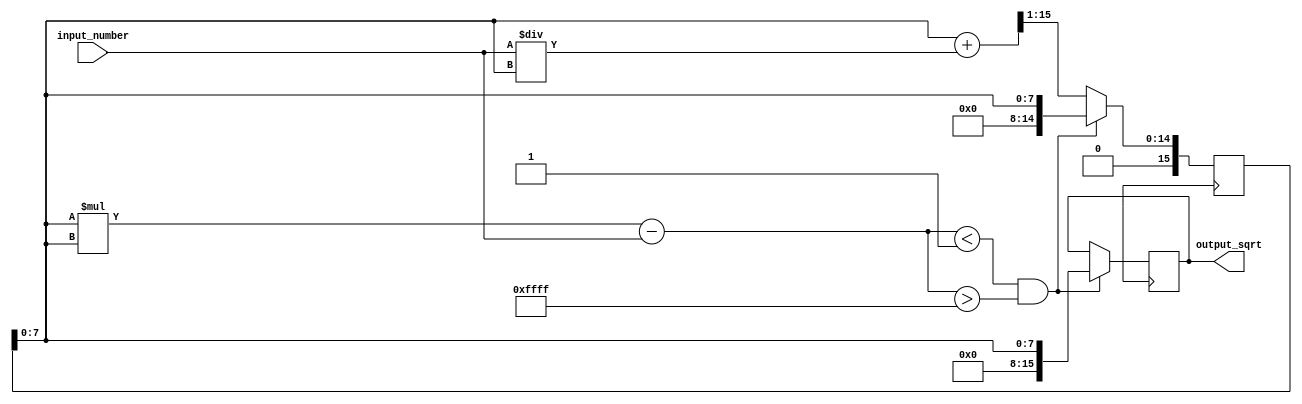
module sqrt_module(
  input [15:0] input_number,
  output [15:0] output_sqrt
);

  reg [7:0] integer_part;
  reg [7:0] fractional_part;
  reg [15:0] estimate;
  reg [15:0] next_estimate;
  reg [15:0] square_value;
  reg [15:0] diff;
  reg done;

  reg [2:0] iter_count;
  reg [15:0] tolerance;

  always @(*) begin
    integer_part = input_number[15:8];
    fractional_part = input_number[7:0];
    estimate = {8'd0, input_number[15:8]}; // Initialize estimate to half of input number
    iter_count = 0;
    tolerance = 16'd1; // Set tolerance value
    done = 0;
  end

  always @(posedge clk) begin
    if(!done) begin
      square_value = estimate * estimate;
      diff = square_value - input_number;

      if (diff < tolerance && diff > -tolerance) begin
        output_sqrt = estimate;
        done = 1;
      end else begin
        next_estimate = (estimate + (input_number / estimate)) >> 1;
        estimate <= next_estimate;
        iter_count <= iter_count + 1;
      end
    end
  end

endmodule